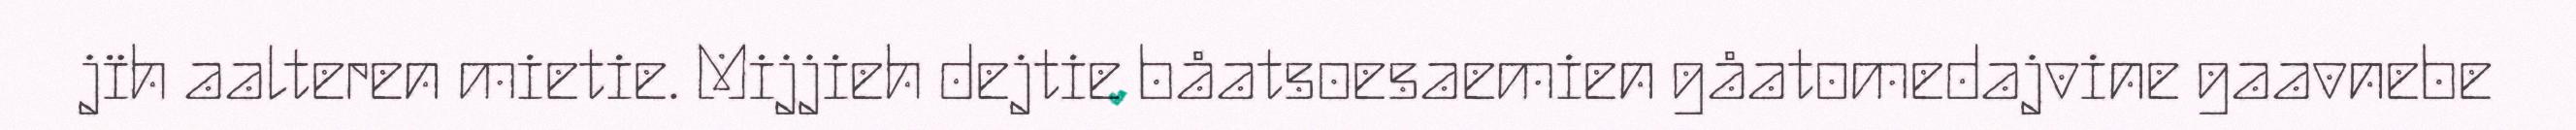
jïh aalteren mietie. Mijjieh dejtie båatsoesaemien gåatomedajvine gaavnebe